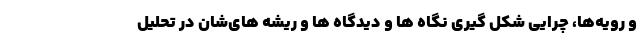
و رویه‌ها، چرایی شکل گیری نگاه ها و دیدگاه ها و ریشه های‌شان در تحلیل